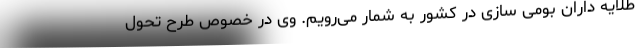
طلایه داران بومی سازی در کشور به شمار می‌رویم. وی در خصوص طرح تحول